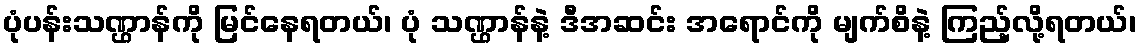
ပုံပန်းသဏ္ဌာန်ကို မြင်နေရတယ်၊ ပုံ သဏ္ဌာန်နဲ့ ဒီအဆင်း အရောင်ကို မျက်စိနဲ့ ကြည့်လို့ရတယ်၊